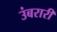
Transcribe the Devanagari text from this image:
उंबरारी